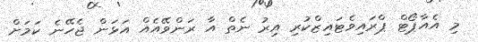
މި އެއާޕޯޓް ޕްރައިވެޓައިޒްކުރި އިރު ނެތް އާ ރަންވޭއެއް އަޅަން ޖެހޭނެ ކަމަށް